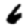
Digit: 6